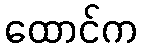
ထောင်က